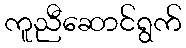
ကူညီဆောင်ရွက်